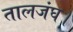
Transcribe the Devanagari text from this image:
तालजंघ।